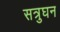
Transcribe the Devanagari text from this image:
सत्रुघन